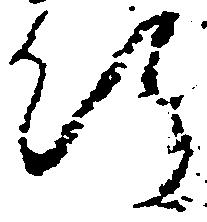
行